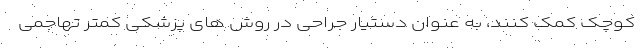
کوچک کمک کنند، به عنوان دستیار جراحی در روش های پزشکی کمتر تهاجمی